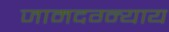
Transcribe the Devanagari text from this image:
जामदग्न्याय